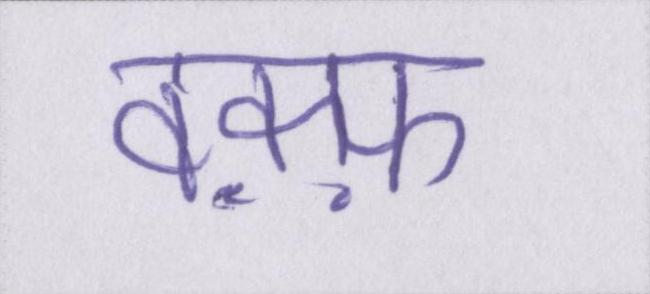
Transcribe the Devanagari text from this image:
वक़्फ़